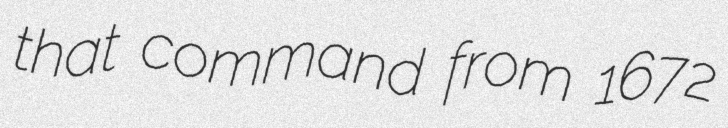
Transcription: that command from 1672